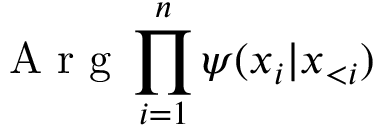
\mathrm { ~ A ~ r ~ g ~ } \prod _ { i = 1 } ^ { n } \psi ( x _ { i } | \boldsymbol { x } _ { < i } )